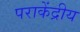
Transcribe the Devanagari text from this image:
पराकेंद्रीय